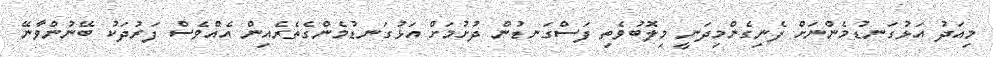
މިއަދު އަޅުގަނޑުމެންނަށް ފެނިގެންމިދަނީ މިލޮބުވެތި ފަސްގަނޑުން ދުށުމަށް އަޅުގަނޑުމެންގެތެރެއިން އެއްވެސް ފަރުދަކު ބޭނުންވާނޭ